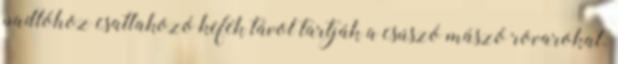
padlóhoz csatlakozó kefék távol tartják a csúszó mászó rovarokat.